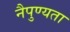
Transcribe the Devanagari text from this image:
नैपुण्यता